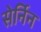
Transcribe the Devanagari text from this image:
सेर्निन